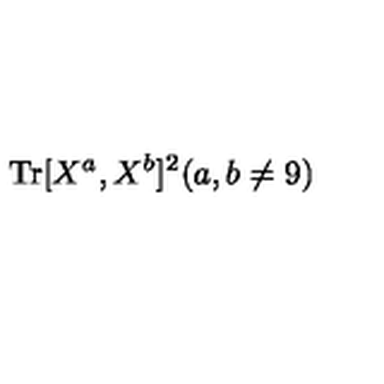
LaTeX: \mathrm { T r } [ X ^ { a } , X ^ { b } ] ^ { 2 } ( a , b \neq 9 )